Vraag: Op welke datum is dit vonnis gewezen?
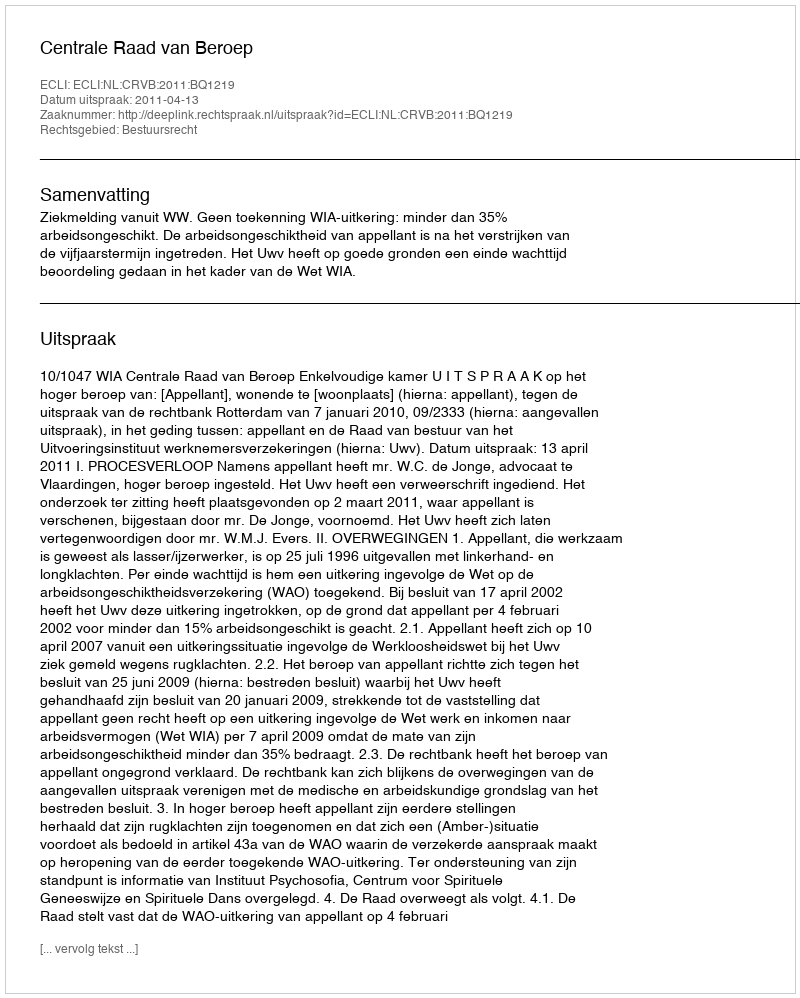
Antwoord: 2011-04-13